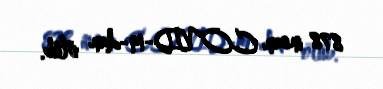
878 insan COVID-19-dan ölüb.